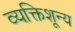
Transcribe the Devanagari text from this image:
व्यक्तिशून्य